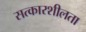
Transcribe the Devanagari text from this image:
सत्कारशीलता